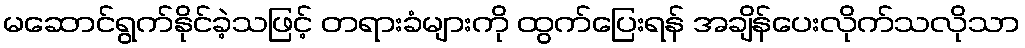
မဆောင်ရွက်နိုင်ခဲ့သဖြင့် တရားခံများကို ထွက်ပြေးရန် အချိန်ပေးလိုက်သလိုသာ